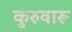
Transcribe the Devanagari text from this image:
कुरुवारू